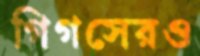
গিগসেরও